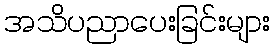
အသိပညာပေးခြင်းများ